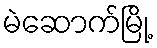
မဲဆောက်မြို့